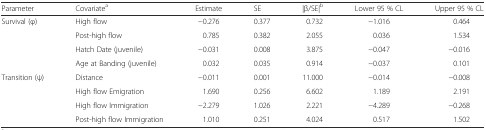
| Parameter | Covariatea | Estimate | SE | |β/SE|b | Lower 95 % CL | Upper 95 % CL |
 | --- | --- | --- | --- | --- | --- | --- |
 | Survival (φ) | High flow | −0.276 | 0.377 | 0.732 | −1.016 | 0.464 |
 |  | Post-high flow | 0.785 | 0.382 | 2.055 | 0.036 | 1.534 |
 |  | Hatch Date (juvenile) | −0.031 | 0.008 | 3.875 | −0.047 | −0.016 |
 |  | Age at Banding (juvenile) | 0.032 | 0.035 | 0.914 | −0.037 | 0.101 |
 | Transition (ψ) | Distance | −0.011 | 0.001 | 11.000 | −0.014 | −0.008 |
 |  | High flow Emigration | 1.690 | 0.256 | 6.602 | 1.189 | 2.191 |
 |  | High flow Immigration | −2.279 | 1.026 | 2.221 | −4.289 | −0.268 |
 |  | Post-high flow Immigration | 1.010 | 0.251 | 4.024 | 0.517 | 1.502 |